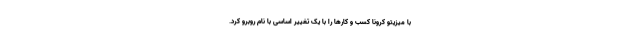
با میزیتو کرونا کسب و کارها را با یک تغییر اساسی با نام روبرو کرد.